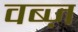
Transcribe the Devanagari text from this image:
वब्ज़